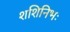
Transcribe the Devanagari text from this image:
शशिनिभः